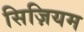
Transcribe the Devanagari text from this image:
सिज़ियम